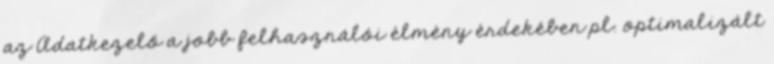
az Adatkezelő a jobb felhasználói élmény érdekében pl. optimalizált